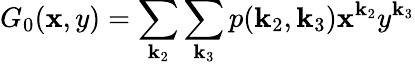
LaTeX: G_{0}(\mathbf{x},y)=\sum_{\mathbf{k}_{2}}\sum_{\mathbf{k}_{3}}p(\mathbf{k}_{2},\mathbf{k}_{3})\mathbf{x}^{\mathbf{k}_{2}}y^{\mathbf{k}_{3}}